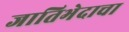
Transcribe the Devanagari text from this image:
जातिभेदाचा